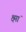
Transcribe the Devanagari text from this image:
क्ष्मां